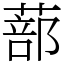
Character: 蔀